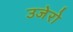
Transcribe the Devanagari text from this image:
उजेरो